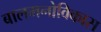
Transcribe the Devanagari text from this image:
बालमनोविकास